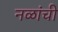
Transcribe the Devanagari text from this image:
नळांची